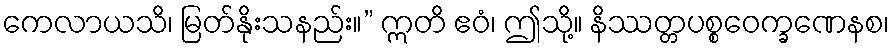
ကေလာယသိ၊ မြတ်နိုးသနည်း။” ဣတိ ဧဝံ၊ ဤသို့။ နိဿတ္တပစ္စဝေက္ခဏေနစ၊